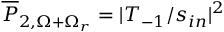
\overline { { P } } _ { 2 , \Omega + \Omega _ { r } } = | T _ { - 1 } / s _ { i n } | ^ { 2 }